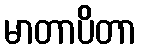
မာတာပိတာ